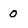
Character: 0